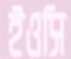
ইওসি